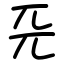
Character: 𠀘